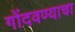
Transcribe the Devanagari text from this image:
गोंदवण्याचा